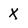
Character: X